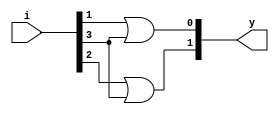
module encoder4to2_dl(i, y);
input [3:0] i;
output [1:0] y;
assign y[0] = i[1]|i[3];
assign y[1] = i[2]|i[3];
endmodule

module encoder4to2_dl_tb;
reg [3:0] i;
wire [1:0] y;
encoder4to2_dl e1(i, y);
initial
begin
	i = 4'b0000;
	$monitor("Time:%f, i=%4b, y=%2b", $time,i, y );
	#5 i = 4'b0001;
	#5 i = 4'b0010;
	#5 i = 4'b0100;
	#5 i = 4'b1000;
end

endmodule